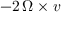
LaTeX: - 2 \, { \boldsymbol { \Omega \times v } }